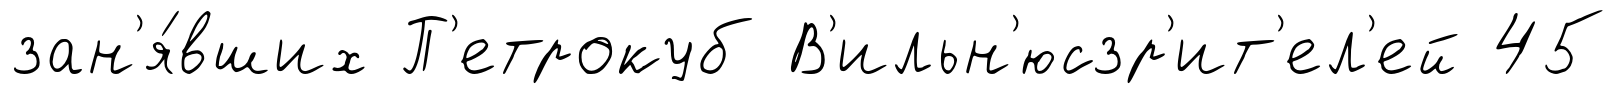
зан'я́вших П'етрокуб В'ильн'юсзр'ит'ел'ей 45